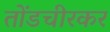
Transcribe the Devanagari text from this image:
तोंडचीरकर